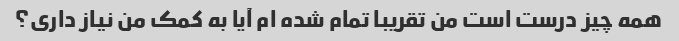
همه چیز درست است من تقریبا تمام شده ام آیا به کمک من نیاز داری؟